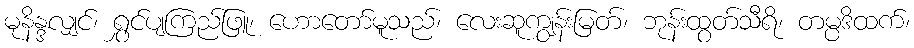
မုနိန္ဒလျှင်၊ ရွှင်ပျကြည်ဖြူ၊ ဟောတော်မူသည်၊ လေးဆူကျွန်းမြတ်၊ ဘုန်းထွတ်သီရိ၊ တမ္ပဒိထက်၊